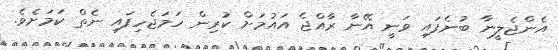
އެންޖެލީނާ ބުނެފައި ވަނީ އޭނާ ރާއްޖެ އައުމަށް ކުރިން ހަމަޖެހިފައި ނެތް ކަމަށެވެ.